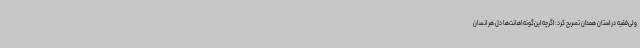
ولی‌فقیه در استان همدان تصریح کرد: اگرچه این‌گونه اهانت‌ها دل هر انسان